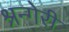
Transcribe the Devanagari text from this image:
श्रन्गेरी